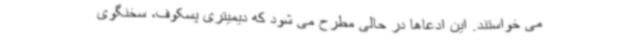
می خواستند. این ادعاها در حالی مطرح می شود که دیمیتری پسکوف، سخنگوی